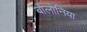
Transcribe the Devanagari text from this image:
बोलोनिया